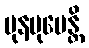
ပုနမုပေန္တိ